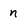
Character: n